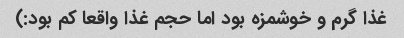
غذا گرم و خوشمزه بود اما حجم غذا واقعا کم بود:)